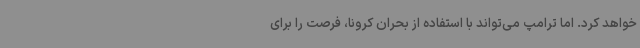
خواهد کرد. اما ترامپ می‌تواند با استفاده از بحران کرونا، فرصت را برای